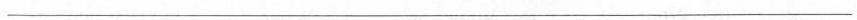
___